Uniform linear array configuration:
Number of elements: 16
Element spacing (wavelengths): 0.25
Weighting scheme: cosine
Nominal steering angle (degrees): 60
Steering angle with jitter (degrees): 61.746
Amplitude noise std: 0.05
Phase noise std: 0.05

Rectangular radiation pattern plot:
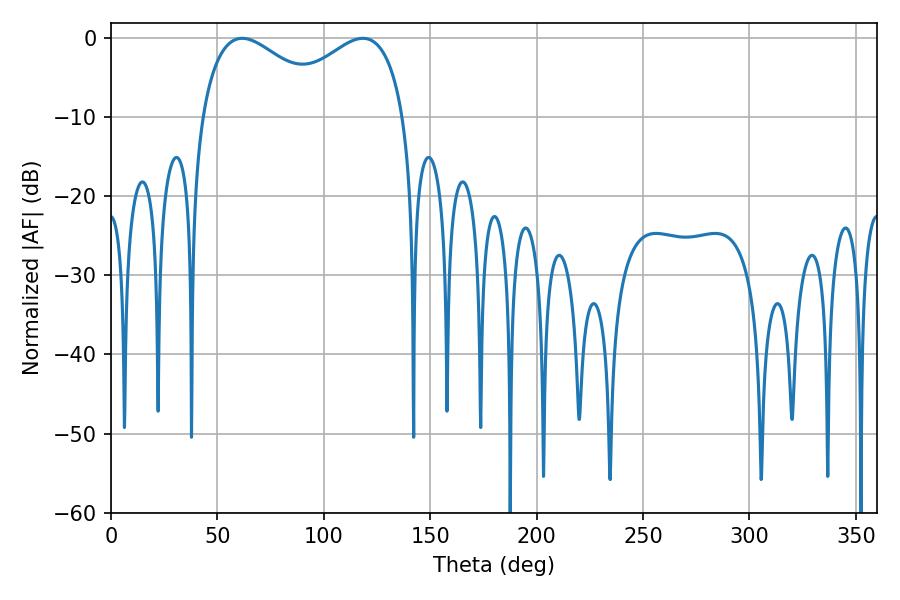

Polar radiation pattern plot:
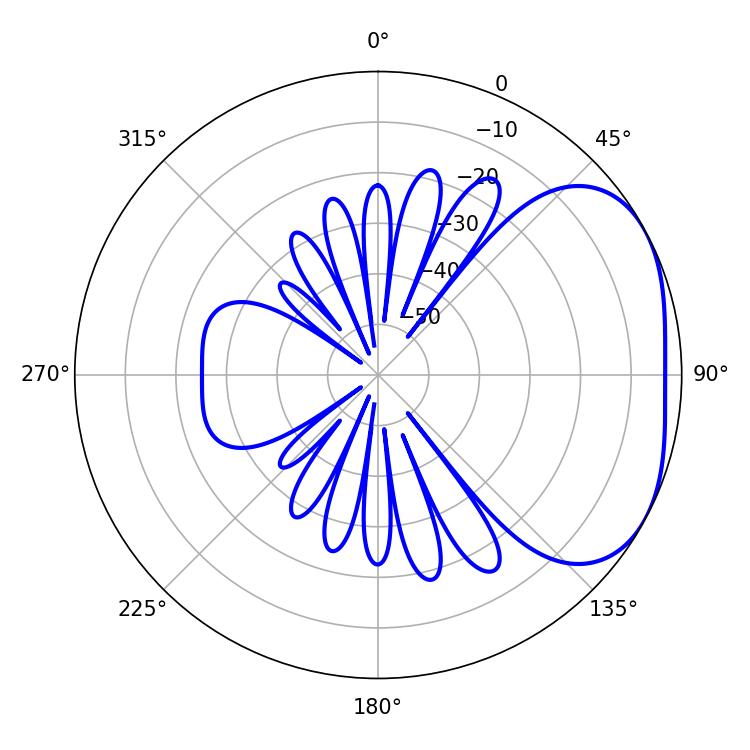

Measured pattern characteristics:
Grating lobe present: FALSE
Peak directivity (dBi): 3.033
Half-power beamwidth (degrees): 34.56
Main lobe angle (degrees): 61.56